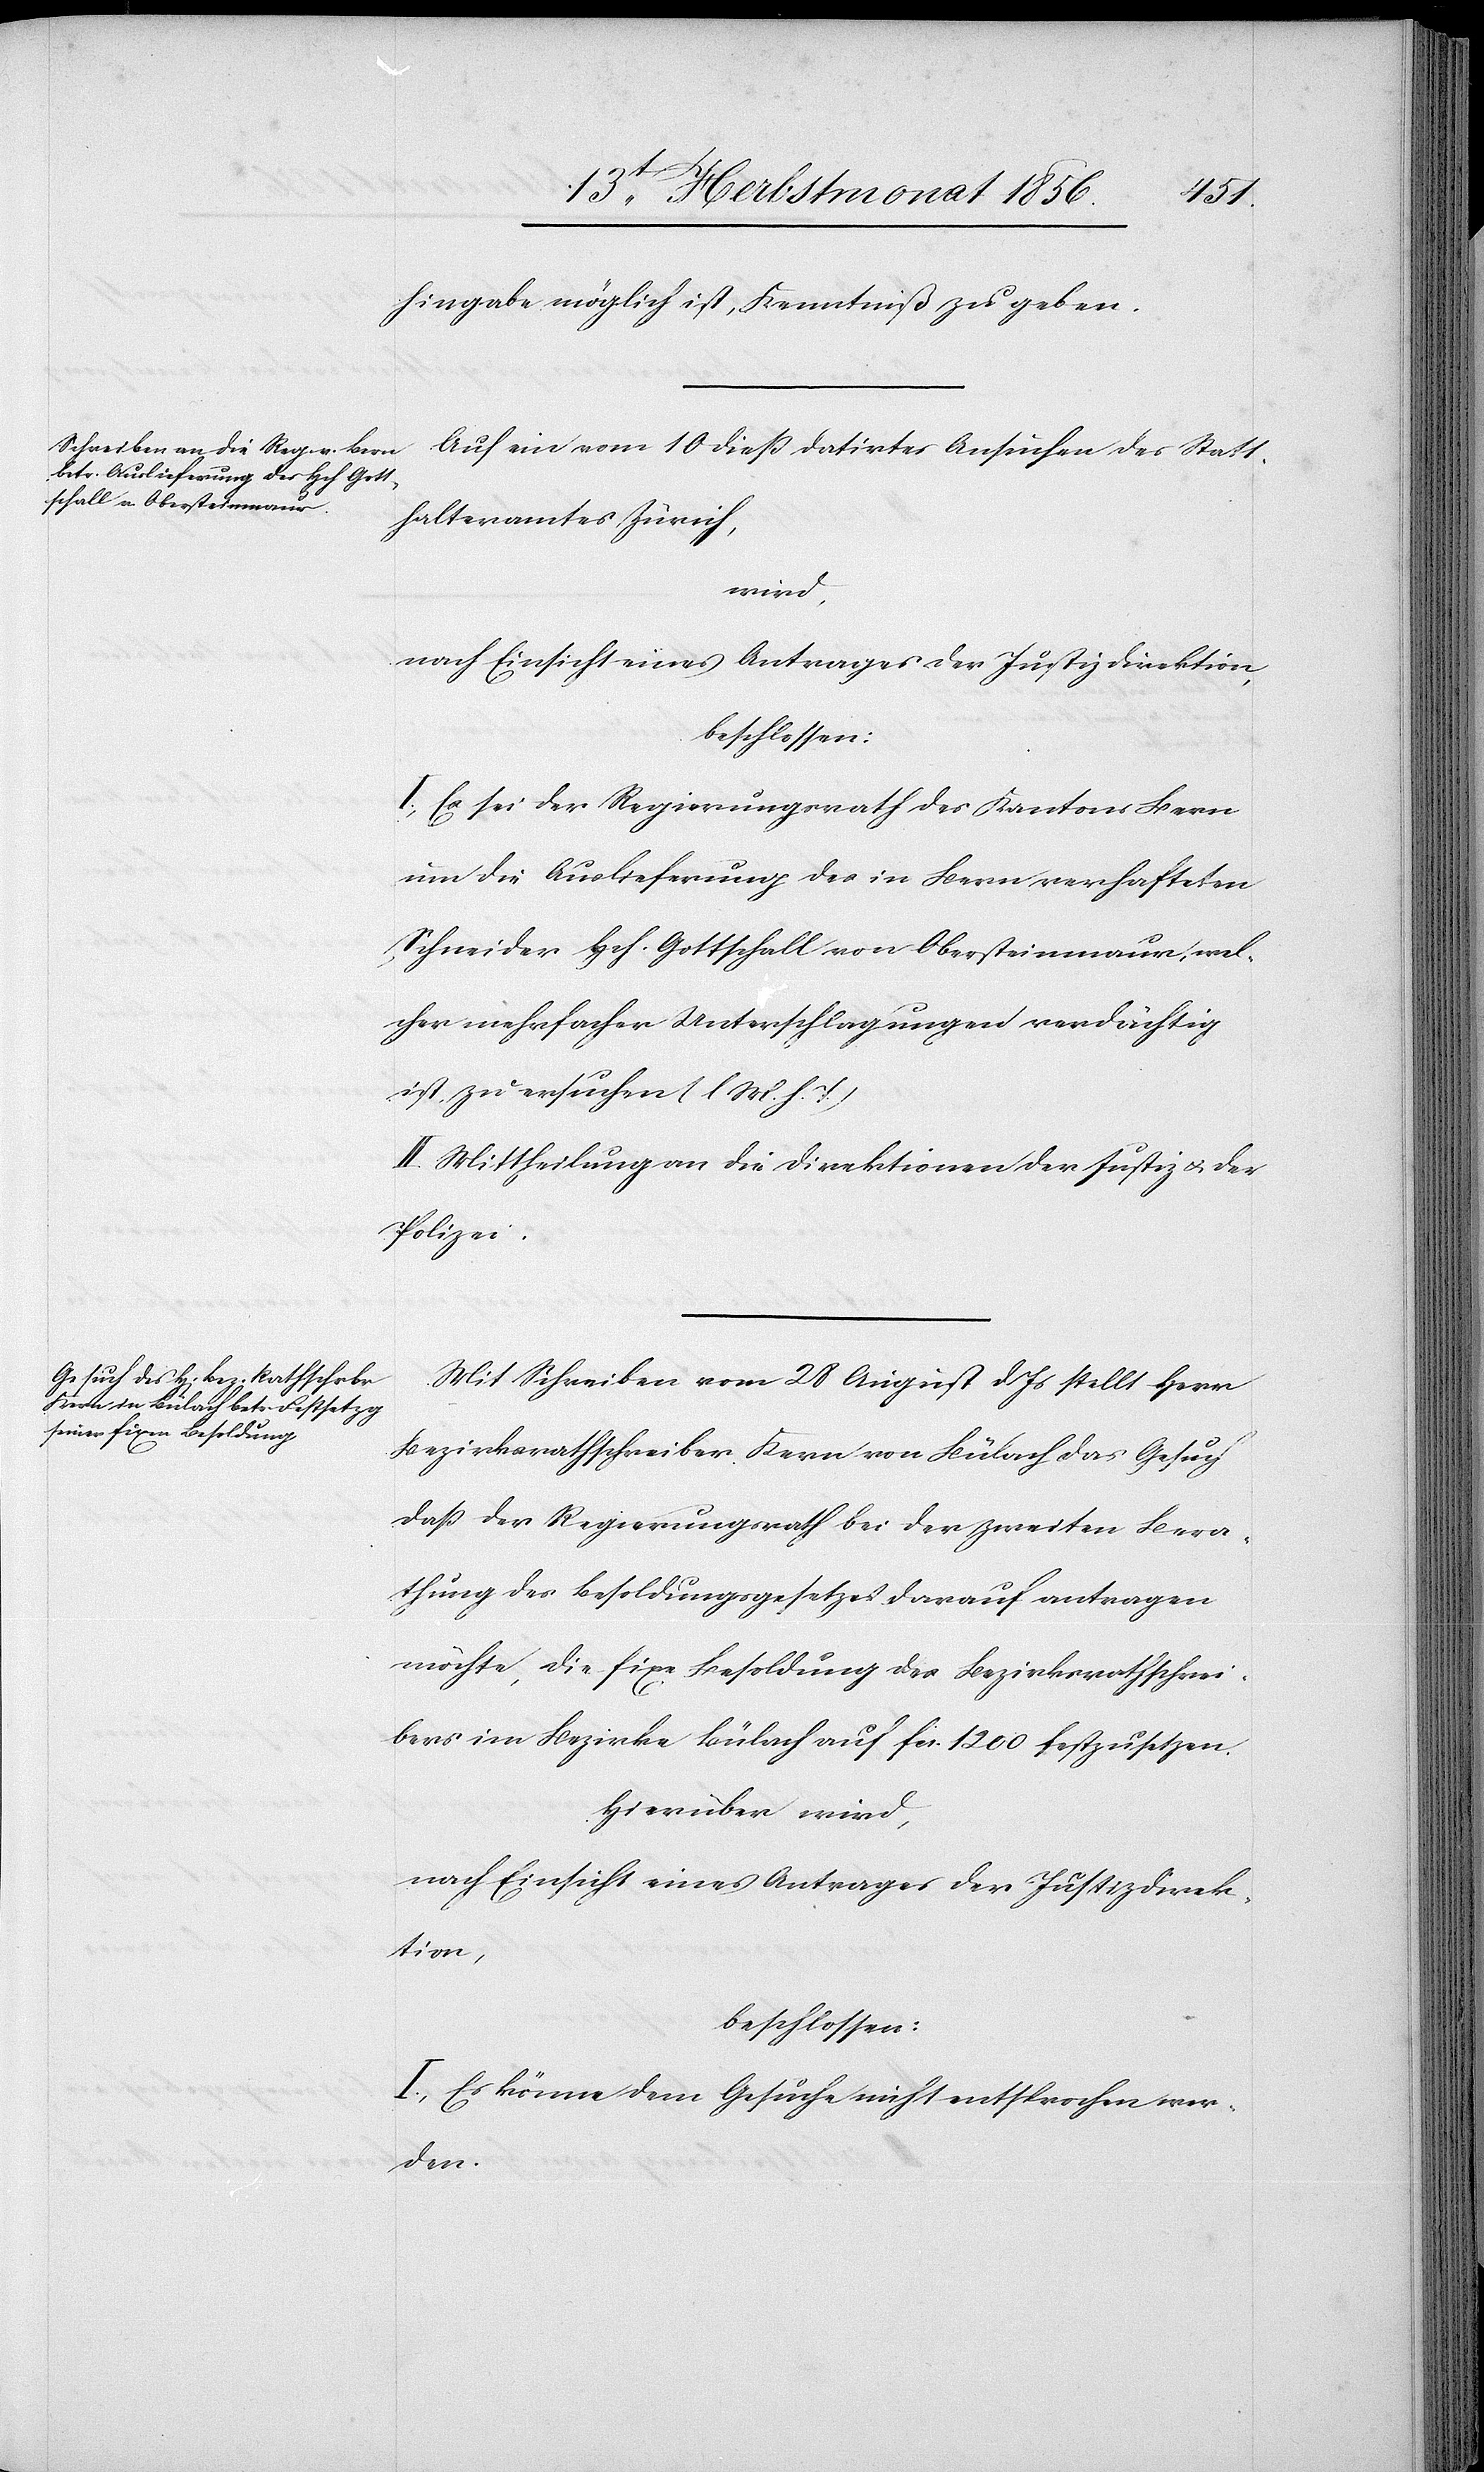
hingabe möglich ist, Kenntniß zu geben.
Auf ein vom 10 diess datirtes Ansuchen des Statt¬
halteramtes Zürich,
wird,
nach Einsicht eines Antrages der Justizdirektion,
beschlossen:
I.) Es sei der Regierungsrath des Kantons Bern
um die Auslieferung des in Bern verhafteten
Schneider Hch. Gottschall von Obersteinmaur, wel¬
cher mehrfacher Unterschlagungen verdächtig
ist, zu ersuchen (l M. h. T.)
II.) Mittheilung an die Direktionen der Justiz u. der
Polizei.
Mit Schreiben vom 28 August d Js stellt Herr
Bezirksrathschreiber Kern von Bülach das Gesuch
dass der Regierungsrath bei der zweiten Bera¬
thung des Besoldungsgesetzes darauf antragen
möchte, die fixe Besoldung des Bezirksrathschrei¬
bers im Bezirke Bülach auf fcs. 1200 festzusetzen.
Hierüber wird,
nach Einsicht eines Antrages der Justizdirek¬
tion,
beschlossen:
I.) Es könne dem Gesuche nicht entsprochen wer¬
den.